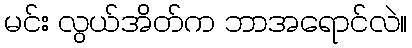
မင်း လွယ်အိတ်က ဘာအရောင်လဲ။